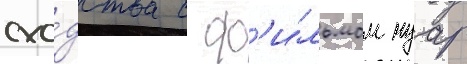
схо́дства с ф'и́льмом нуар